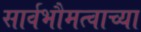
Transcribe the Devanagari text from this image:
सार्वभौमत्वाच्या